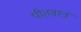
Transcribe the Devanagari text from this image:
पीतवस्त्र